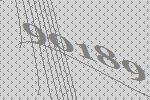
90189